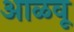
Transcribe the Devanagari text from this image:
आळवू